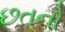
છતનો